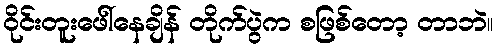
ဝိုင်းတူးဖေါ်နေချိန် တိုက်ပွဲက စဖြစ်တော့ တာဘဲ။